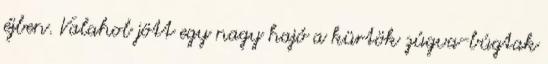
éjben. Valahol jött egy nagy hajó a kürtök zúgva-búgtak